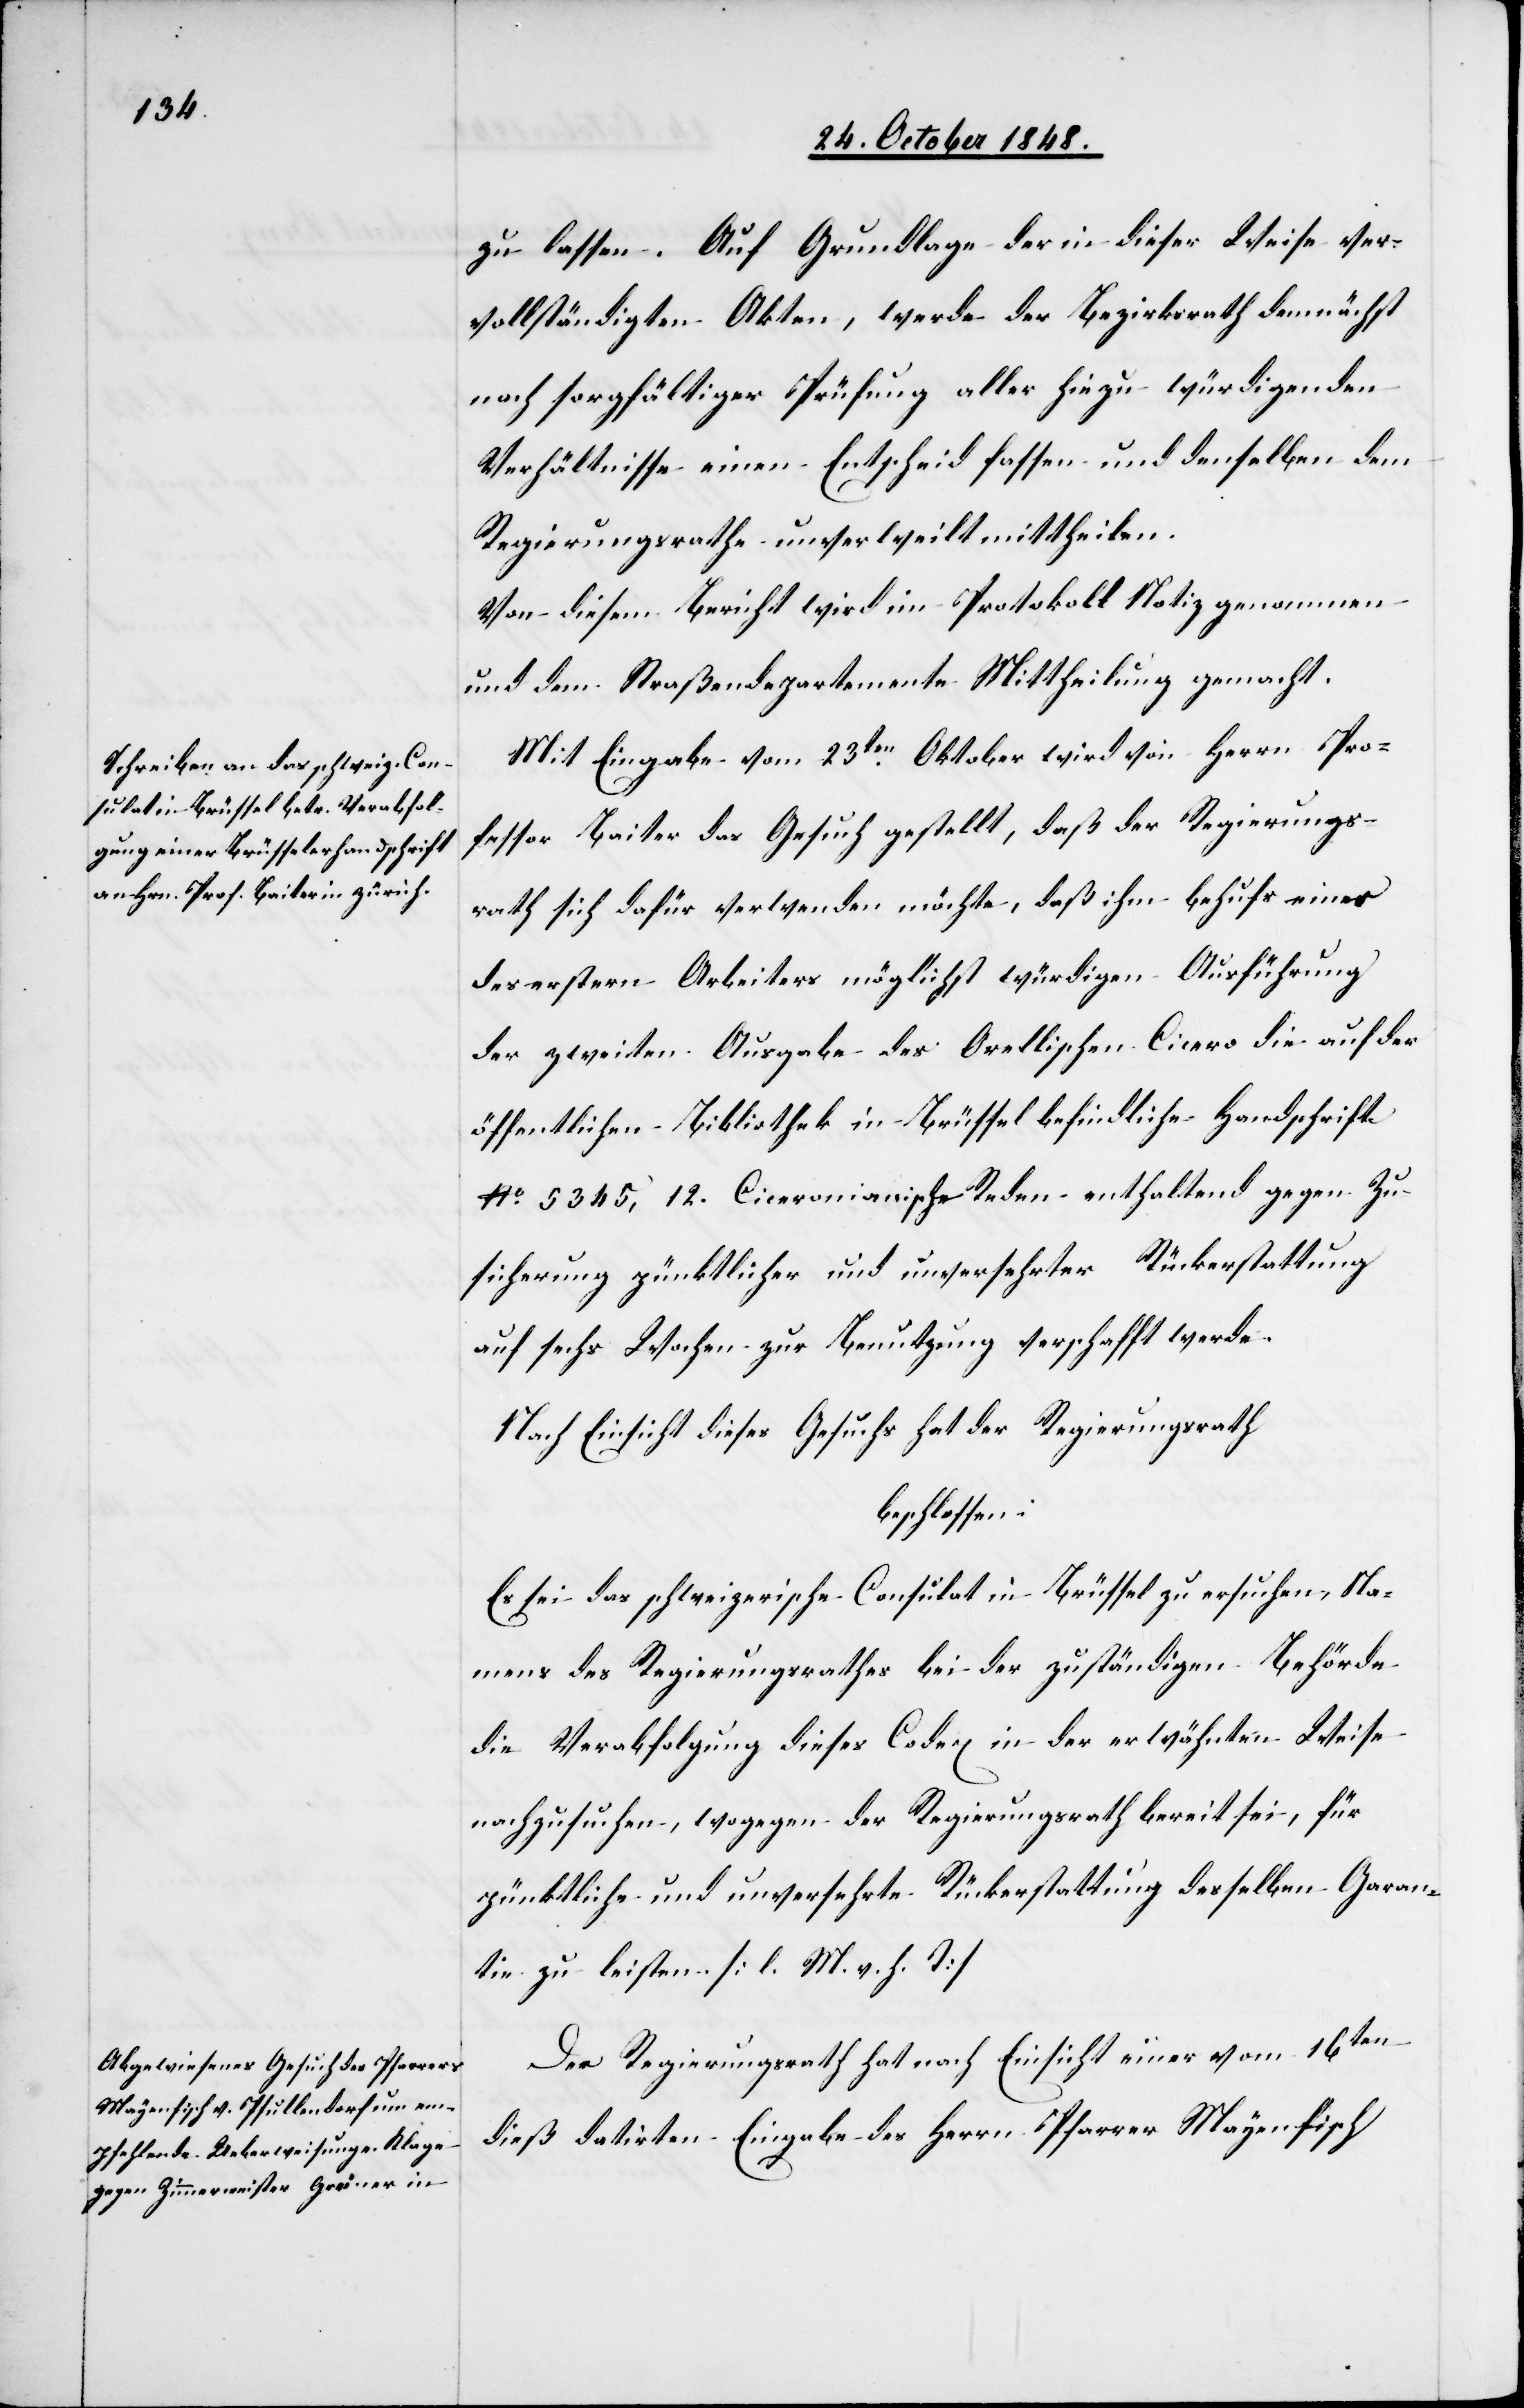
zu lassen. Auf Grundlage der in dieser Weise ver¬
vollständigten Akten, werde der Bezirksrath demnächst
nach sorgfältiger Prüfung aller hiezu würdigenden
Verhältnisse einen Entscheid fassen und denselben dem
Regierungsrathe unverweilt mittheilen.
Von diesem Bericht wird im Protokoll Notiz genommen
und dem Straßendepartement Mittheilung gemacht.
Mit Eingabe vom 23ten Oktober wird von Herrn Pro¬
fessor Baiter das Gesuch gestellt, daß der Regierungs¬
rath sich dafür verwenden möchte, daß ihm behufs einer
des erstern Arbeiters möglichst würdigen Ausführung
der zweiten Ausgabe des Orellischen Cicero die auf der
öffentlichen Bibliothek in Brüssel befindliche Handschrift
No 5345, 12. Ciceronianische Reden enthaltend gegen Zu¬
sicherung pünktlicher und unversehrter Rückerstattung
auf sechs Wochen zur Benutzung verschafft werde.
Nach Einsicht dieses Gesuch hat der Regierungsrath
beschlossen:
Es sei das schweizerische Consulat in Brüssel zu ersuchen, Na¬
mens des Regierungsrathes bei der zuständigen Behörde
die Verabfolgung dieses Codex in der erwähnten Weise
nachzusuchen, wogegen der Regierungsrath bereit sei, für
pünktliche und unversehrte Rückerstattung desselben Garan¬
tie zu leisten. [l. M. v. h. T]
Der Regierungsrath hat nach Einsicht einer vom 16ten
dieß datirten Eingabe des Herrn Pfarrer Mayenfisch